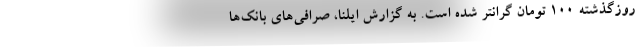
روزگذشته ۱۰۰ تومان گرانتر شده است. به گزارش ایلنا، صرافی‌های بانک‌ها